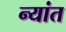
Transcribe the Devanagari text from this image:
न्यांत